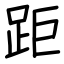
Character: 距